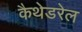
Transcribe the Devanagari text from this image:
कैथेडरेल